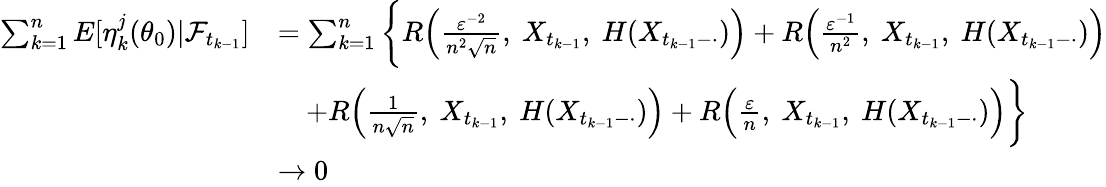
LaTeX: \begin{array}{rl}{\sum_{k=1}^{n}E[\eta_{k}^{j}(\theta_{0})|\mathcal{F}_{t_{k-1}}]}&{=\sum_{k=1}^{n}\bigg\{ R\Big(\frac{\varepsilon^{-2}}{n^{2}\sqrt{n}},~X_{t_{k-1}},~H(X_{t_{k-1}-\cdot})\Big)+R\Big(\frac{\varepsilon^{-1}}{n^{2}},~X_{t_{k-1}},~H(X_{t_{k-1}-\cdot})\Big)}\\ &{\quad+R\Big(\frac{1}{n\sqrt{n}},~X_{t_{k-1}},~H(X_{t_{k-1}-\cdot})\Big)+R\Big(\frac{\varepsilon}{n},~X_{t_{k-1}},~H(X_{t_{k-1}-\cdot})\Big)\bigg\} }\\ &{\rightarrow 0}\end{array}